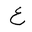
Letter: _ayn